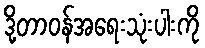
ဒို့တာဝန်အရေးသုံးပါးကို